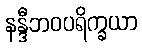
နန္ဒီဘဝပရိက္ခယာ